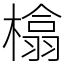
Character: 㯓